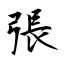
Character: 張